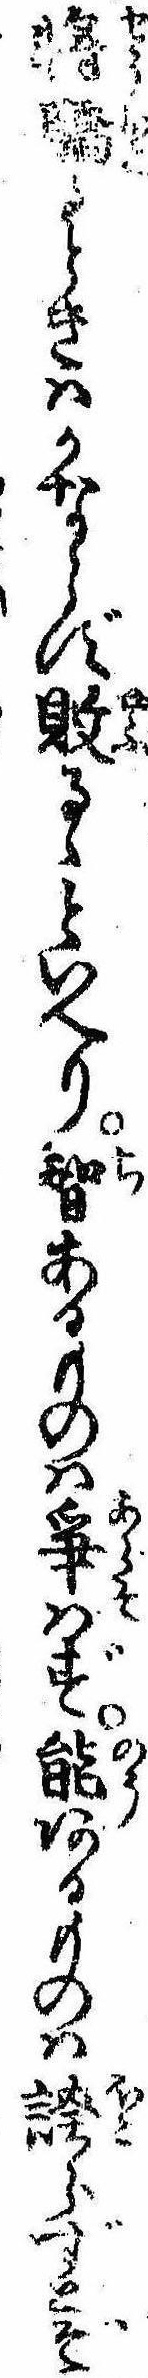
将驕るときはかならず敗るゝといへり智あるものは争はず能あるものは誇らずとぞ